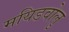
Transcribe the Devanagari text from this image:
मयिडवोलु